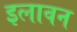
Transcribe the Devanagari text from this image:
इलावन